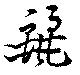
麗